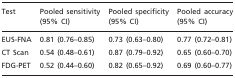
<table><thead><tr><td rowspan="2"><b>Test</b></td><td><b>Pooled sensitivity</b></td><td><b>Pooled specificity</b></td><td><b>Pooled accuracy</b></td></tr><tr><td><b>(95% CI)</b></td><td><b>(95% CI)</b></td><td><b>(95% CI)</b></td></tr></thead><tbody><tr><td>EUS-FNA</td><td>0.81 (0.76–0.85)</td><td>0.73 (0.63–0.80)</td><td>0.77 (0.72–0.81)</td></tr><tr><td>CT Scan</td><td>0.54 (0.48–0.61)</td><td>0.87 (0.79–0.92)</td><td>0.65 (0.60–0.70)</td></tr><tr><td>FDG-PET</td><td>0.52 (0.44–0.60)</td><td>0.82 (0.65–0.92)</td><td>0.69 (0.60–0.77)</td></tr></tbody></table>